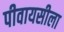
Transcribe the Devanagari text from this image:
पीवायसीला